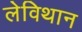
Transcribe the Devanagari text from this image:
लेविथान